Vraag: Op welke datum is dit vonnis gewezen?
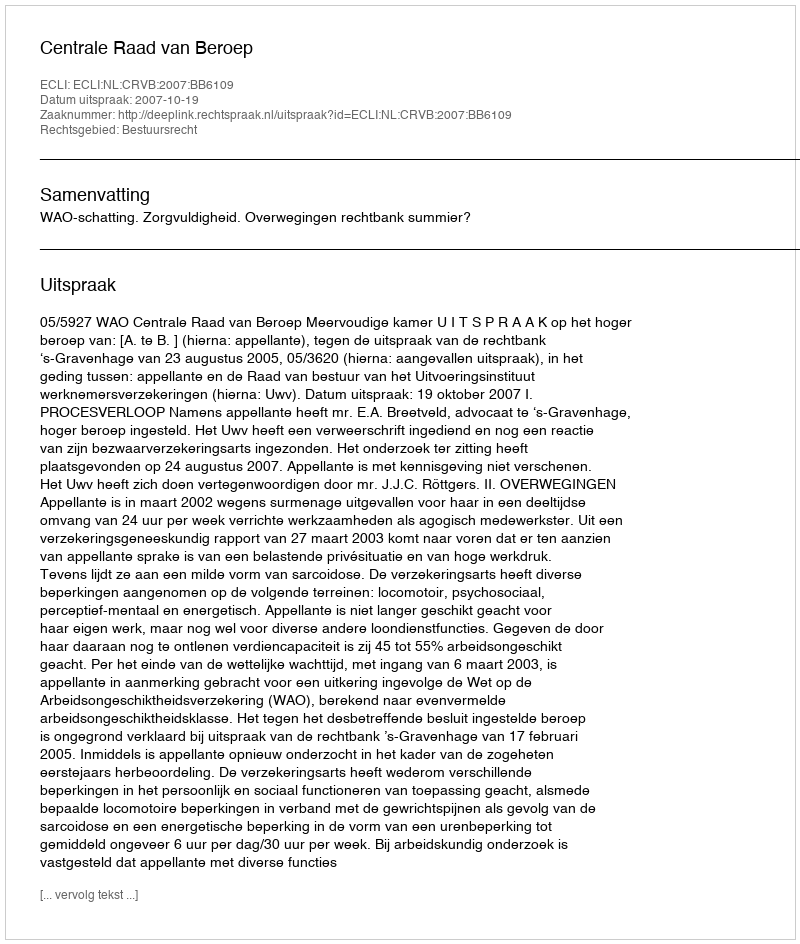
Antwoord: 2007-10-19